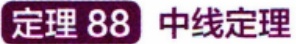
定理 88 中线定理